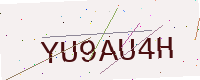
Text: YU9AU4H